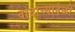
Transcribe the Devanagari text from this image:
वादाच्यावेळी